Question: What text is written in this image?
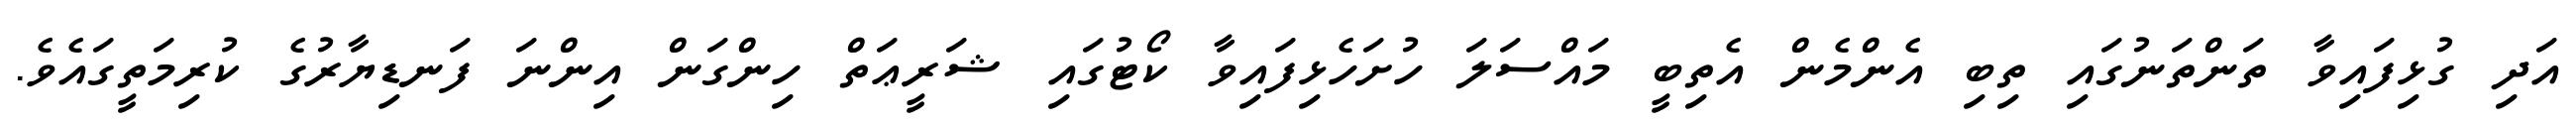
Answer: އަދި ގުޅިފައިވާ ތަންތަނުގައި ތިބި އެންމެން އެތިބީ މައްސަލަ ހުށަހެޅިފައިވާ ކޯޓުގައި ޝަރީޢަތް ހިންގަން އިންނަ ފަނޑިޔާރުގެ ކުރިމަތީގައެވެ.